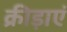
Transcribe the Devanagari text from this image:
क्रीड़ाएं